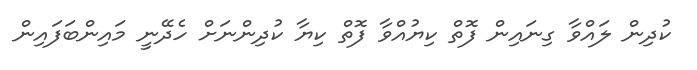
ކުދިން ލައްވާ ގިނައިން ފޮތް ކިޔުއްވާ ފޮތް ކިޔާ ކުދިންނަށް ހެދޭނީ މައިންބަފައިން